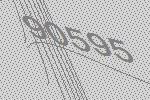
90595